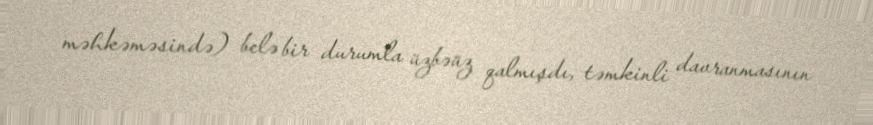
məhkəməsində) belə bir durumla üzbəüz qalmışdı, təmkinli davranmasının